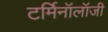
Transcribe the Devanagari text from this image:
टर्मिनॉलॉजी